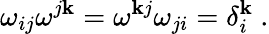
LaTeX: \omega_{ij}\omega^{j\mathbf{k}}=\omega^{\mathbf{k}j}\omega_{ji}=\delta_{i}^{\mathbf{k}}\ .